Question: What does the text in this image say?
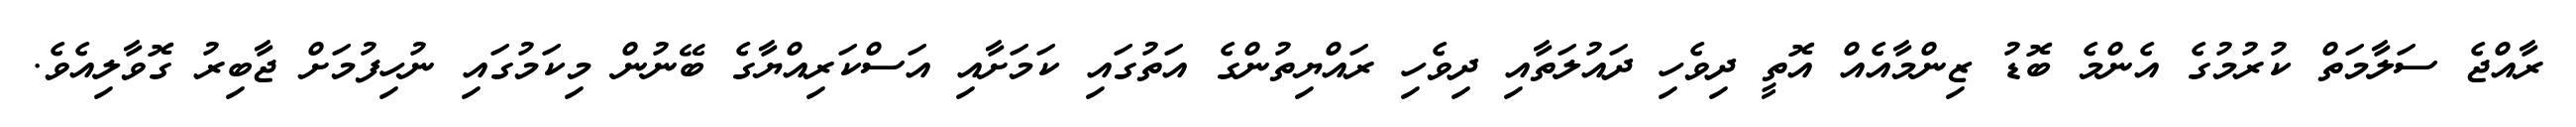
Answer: ރާއްޖެ ސަލާމަތް ކުރުމުގެ އެންމެ ބޮޑު ޒިންމާއެއް އޮތީ ދިވެހި ދައުލަތާއި ދިވެހި ރައްޔިތުންގެ އަތުގައި ކަމަށާއި އަސްކަރިއްޔާގެ ބޭނުން މިކަމުގައި ނުހިފުމަށް ޖާބިރު ގޮވާލިއެވެ.